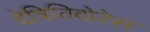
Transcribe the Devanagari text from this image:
देत्रितिवोरेस